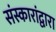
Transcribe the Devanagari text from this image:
संस्कारांद्वारा